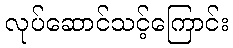
လုပ်ဆောင်သင့်ကြောင်း